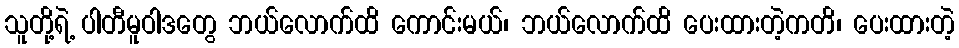
သူတို့ရဲ့ ပါတီမူဝါဒတွေ ဘယ်လောက်ထိ ကောင်းမယ်၊ ဘယ်လောက်ထိ ပေးထားတဲ့ကတိ၊ ပေးထားတဲ့